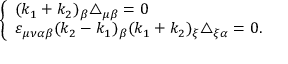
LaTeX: \left\{ \begin{array} { l } { { ( k _ { 1 } + k _ { 2 } ) _ { \beta } \triangle _ { \mu \beta } = 0 } } \\ { { \varepsilon _ { \mu \nu \alpha \beta } ( k _ { 2 } - k _ { 1 } ) _ { \beta } ( k _ { 1 } + k _ { 2 } ) _ { \xi } \triangle _ { \xi \alpha } = 0 . } } \end{array} \right.